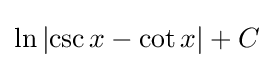
\ln \left|\csc x-\cot x\right|+C